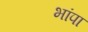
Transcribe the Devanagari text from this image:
भांपा